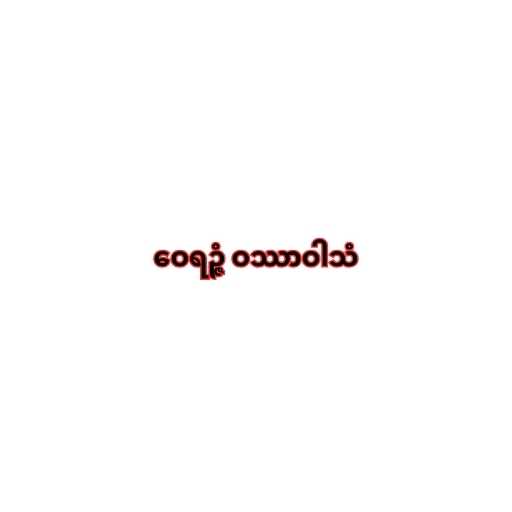
ဝေရဉ္ဇံ ဝဿာဝါသံ